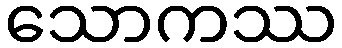
သောကဿ